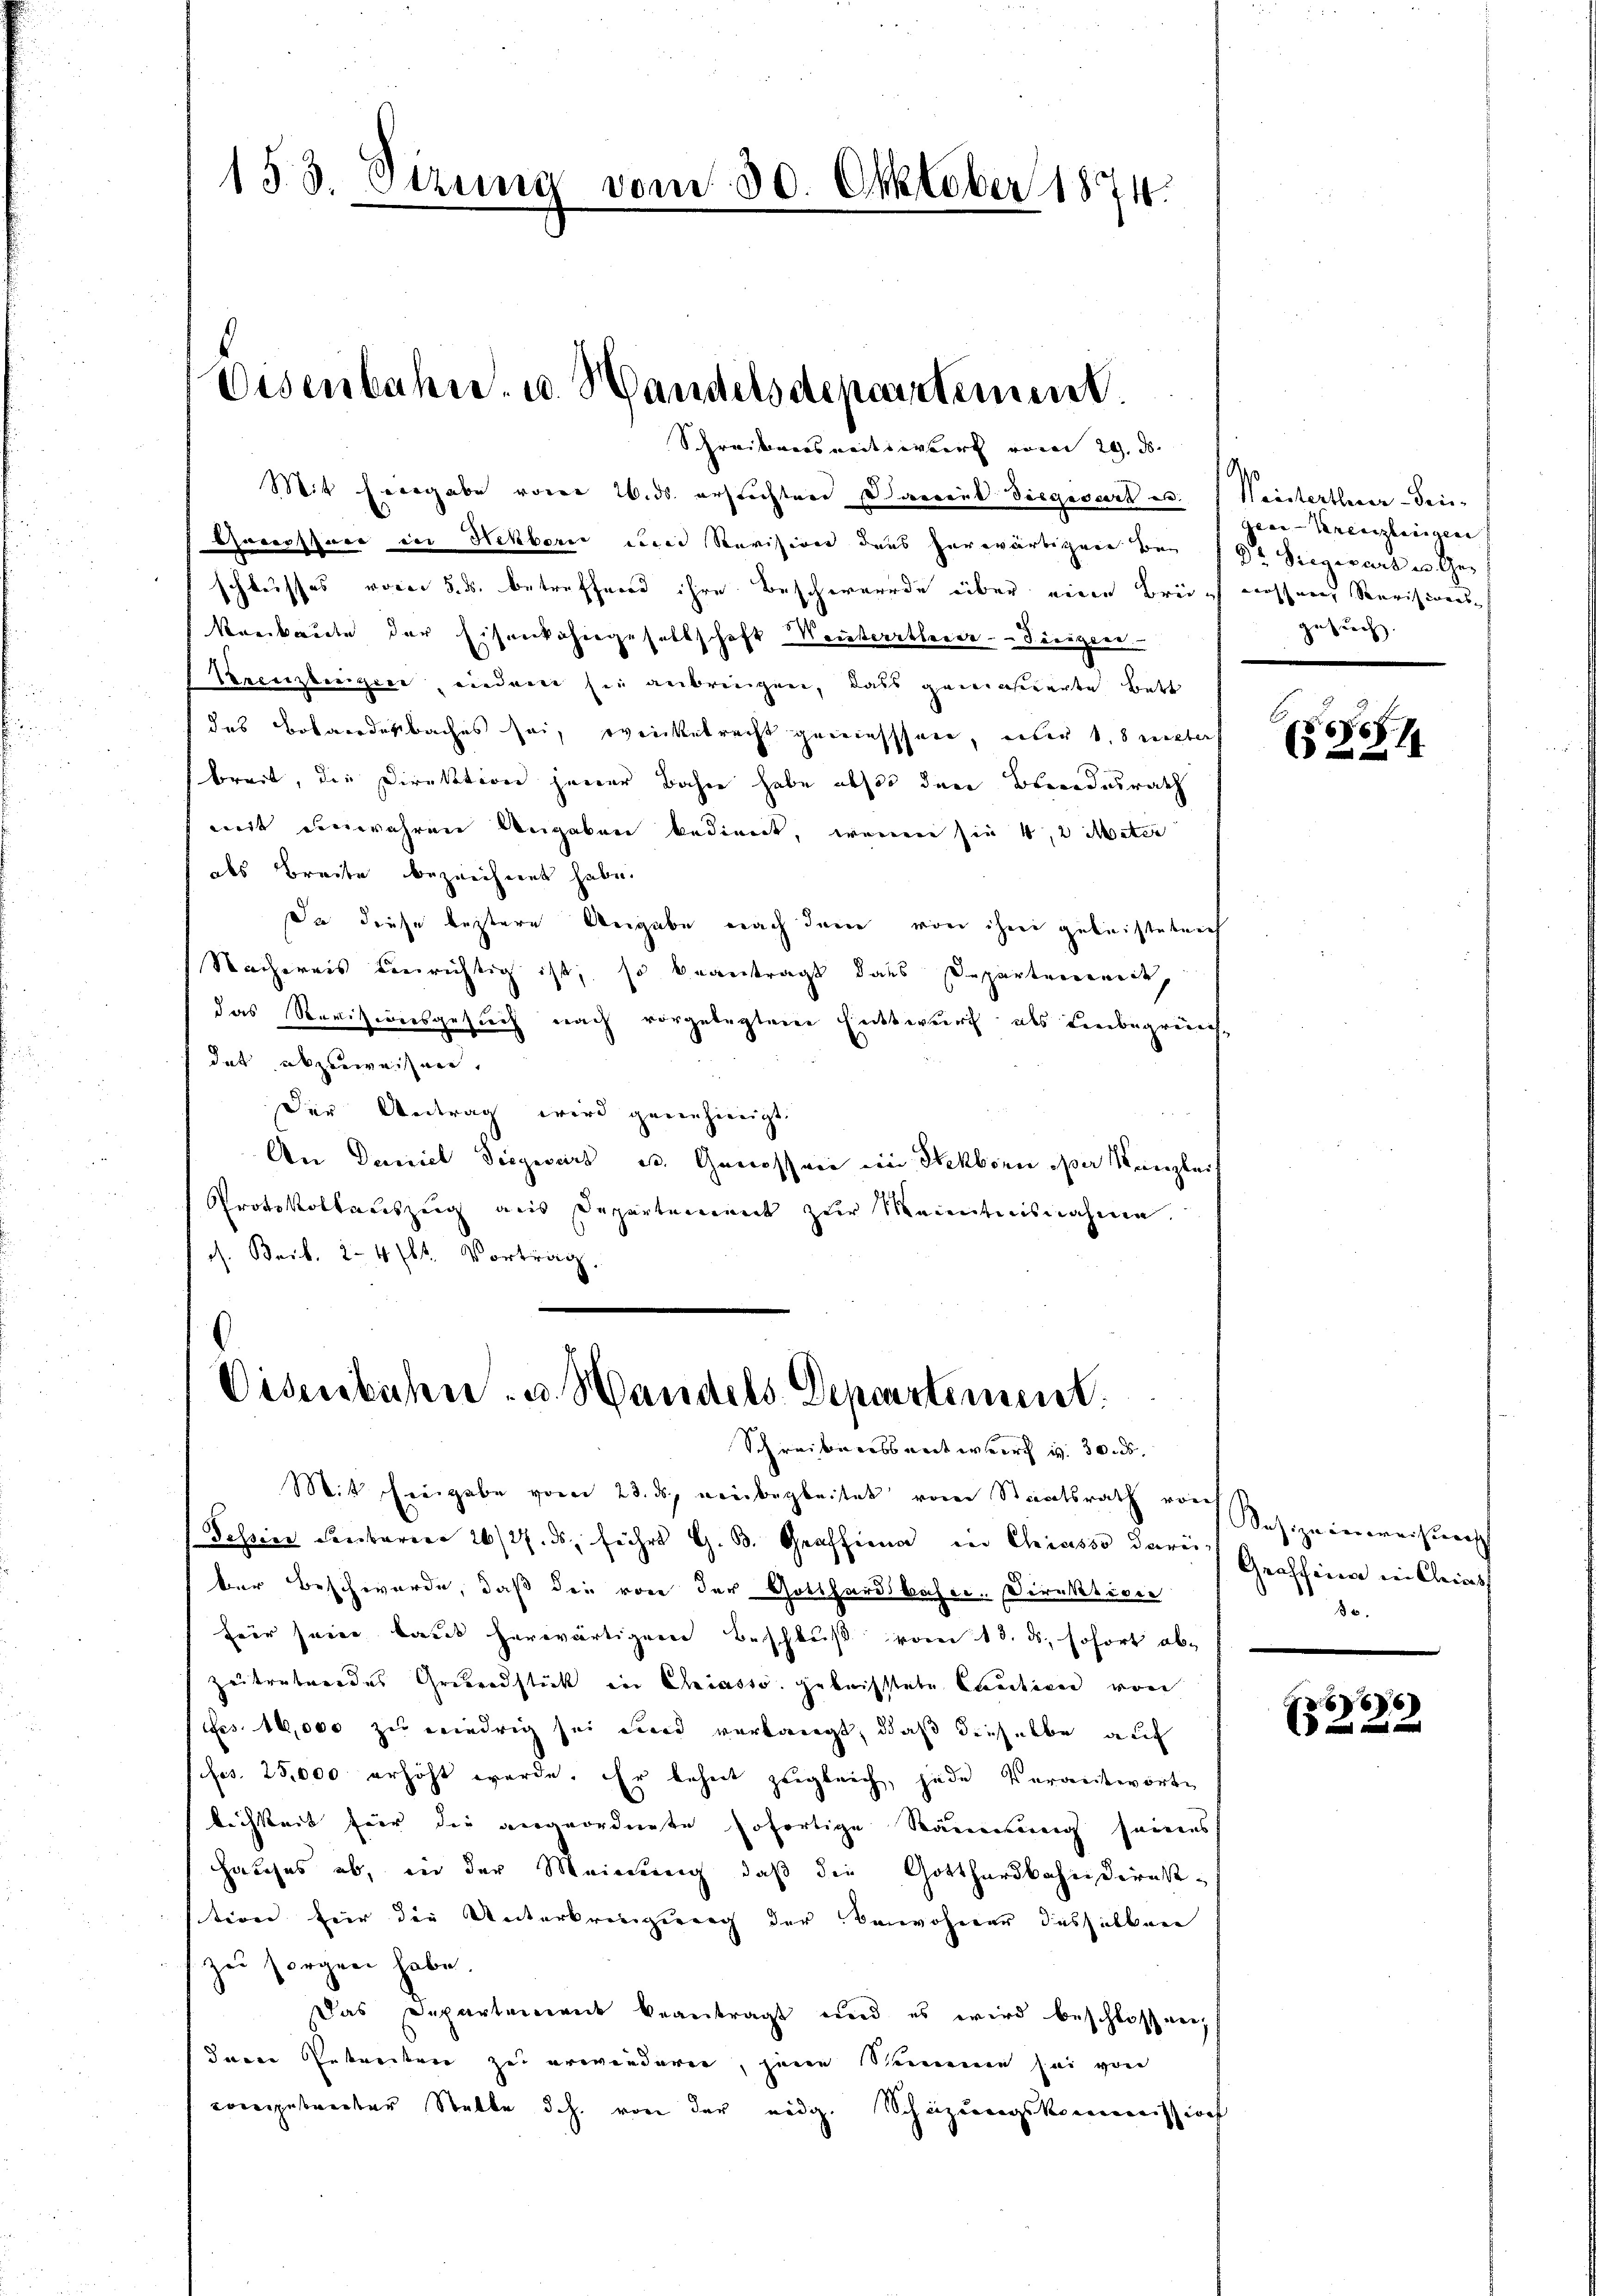
153. Etzung vom 30. Oktober 1874.

Eisenbahn. u. Handelsdepartement
Schreiberseitserbert vom 29. ds.

Mit Hergabe vom 26. ds. erfrechten Darrent Siegesart u. 1 Maisterthuer-Sei-
Gocessare in Hekborn und Revision ders herwärtigen bei der Regierten Geschlusses vom 5. ds. betreffend ihre Beschwerde über eine Brief nossene Revisionsh
Krakaute der Eisenkohngesellschaft Weitertheie-Siegen
Krenzberger, indem sie anbringen, dass gemässerte Bett
das Bebanderbaches sei, weitetracht geniesssen, über 1. unters
breit, die Direktion jener Bahne habe abst den Brandesrath
mit denwahren Angaben bedient, wennen sie 4,2 Meter
als Breite bezeichnet habe.
Da diese leztere Angabe nach dene von ihm gebnistetenh
Nachereis berichtig ist, so beantragt dass Departement,
das Revisionsgesuch nach vorgelegten Entwurf als Leibegrün-
dat abzuweisen.
der Antrag wird genehmigt.
An Daniel Siegwart u. Genossen im Sekborn per Kanzlei
Protokollauszeig aus Departement zur Kenntnisnahme.
ch. Bark. 24 st. Vortrag

.
Eisenbachen u. Handels Departement.
Schreiberessentwurf v. 30. ds.

Mit Eingabe vom 23. ds. einbegleitet voren Staatsrath von
Tessine Fenbarere 26/27. ds. führt G. B. Graffina in Chiasso darin Grossen in kleins
ber Beschwerde, daß die von der Gotthardskasse Direktione
für seine laut herwärtiger Beschluß vom 13. ds. sofort ab¬
Zeitrature des Grundstück in Chiasso gebristete Caution von
es 16,000 zu wiedrig sei wird verlangt, daß dieselbe auf
fos. 25,000 erhöht wurde. Er beheit zugleich, jede Verantworte
lichkeit für die angeordnete sofortige Räumung seines
hauses ab, in der Meinung, daß die Gotthardbahndirek-
stion für die Unterbringung der Verwohner desselben
zu sorgen habe.
Das Departement beantragt und es wird beschlossen,
Inen Rekreten zu erwanderen, jene Summen sei von
competracter Stelle d. h. von der eidg. Schinzungskommission

.
Gear-Kreuzlinigen
gesuch.

1
2

Sesizeinweisung
30.

66)